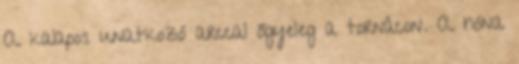
A kalapos unatkozó arccal őgyeleg a tornácon. A hóna